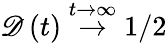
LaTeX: \mathscr{D}\left(t\right)\stackrel{t\rightarrow\infty}{{\rightarrow}}1/2